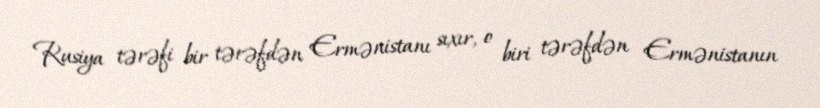
Rusiya tərəfi bir tərəfdən Ermənistanı sıxır, o biri tərəfdən Ermənistanın